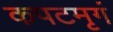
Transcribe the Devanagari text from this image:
कपटमृगं